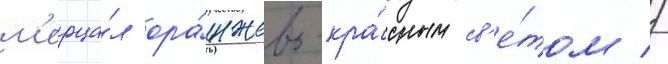
м'ерца́л ора́нжево-кра́сным св'е́том //